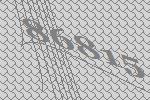
86815